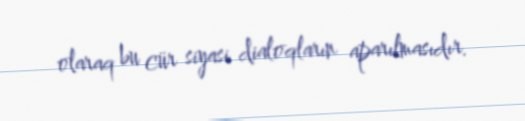
olaraq bu cür siyasi dialoqların aparılmasıdır.